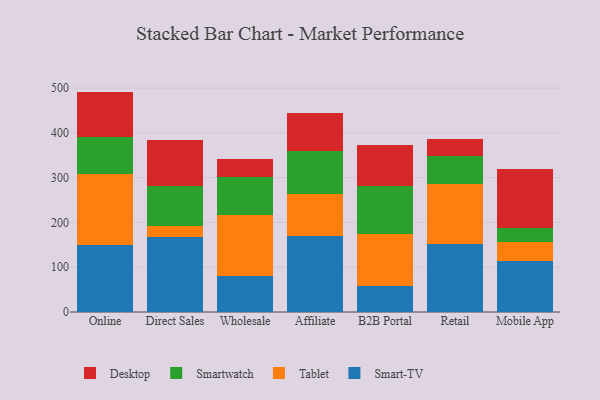
{"axis": {"x": "Channel", "y": "Page Views"}, "legend": ["Desktop", "Smart-TV", "Smartwatch", "Tablet"], "data": [{"x": "Online", "y": 150.6, "type": "Smart-TV"}, {"x": "Online", "y": 158.5, "type": "Tablet"}, {"x": "Online", "y": 82.2, "type": "Smartwatch"}, {"x": "Online", "y": 100.9, "type": "Desktop"}, {"x": "Direct Sales", "y": 166.9, "type": "Smart-TV"}, {"x": "Direct Sales", "y": 25.1, "type": "Tablet"}, {"x": "Direct Sales", "y": 89.6, "type": "Smartwatch"}, {"x": "Direct Sales", "y": 102.1, "type": "Desktop"}, {"x": "Wholesale", "y": 81.3, "type": "Smart-TV"}, {"x": "Wholesale", "y": 135.4, "type": "Tablet"}, {"x": "Wholesale", "y": 84.6, "type": "Smartwatch"}, {"x": "Wholesale", "y": 41.5, "type": "Desktop"}, {"x": "Affiliate", "y": 169.3, "type": "Smart-TV"}, {"x": "Affiliate", "y": 93.8, "type": "Tablet"}, {"x": "Affiliate", "y": 97.3, "type": "Smartwatch"}, {"x": "Affiliate", "y": 84.7, "type": "Desktop"}, {"x": "B2B Portal", "y": 57.4, "type": "Smart-TV"}, {"x": "B2B Portal", "y": 117.6, "type": "Tablet"}, {"x": "B2B Portal", "y": 105.4, "type": "Smartwatch"}, {"x": "B2B Portal", "y": 92.9, "type": "Desktop"}, {"x": "Retail", "y": 150.9, "type": "Smart-TV"}, {"x": "Retail", "y": 135.5, "type": "Tablet"}, {"x": "Retail", "y": 61.1, "type": "Smartwatch"}, {"x": "Retail", "y": 38.9, "type": "Desktop"}, {"x": "Mobile App", "y": 114.7, "type": "Smart-TV"}, {"x": "Mobile App", "y": 41.9, "type": "Tablet"}, {"x": "Mobile App", "y": 32.0, "type": "Smartwatch"}, {"x": "Mobile App", "y": 130.3, "type": "Desktop"}]}